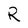
Character: R